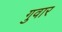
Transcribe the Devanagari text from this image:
गुवार